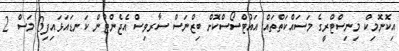
އިކޮނޮމިކް މިނިސްޓްރީގެ މަސައްކަތްތައް އައުޓްސޯސްކޮށް ބިޒްނަސް ސާރވިސް އެޖެންޓުން ކަނޑައަޅައިފި3 މަސް 2